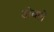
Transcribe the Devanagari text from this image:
डोबले